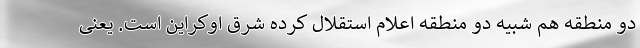
دو منطقه هم شبیه دو منطقه اعلام استقلال کرده شرق اوکراین است. یعنی